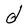
Character: d